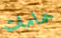
حمامات